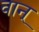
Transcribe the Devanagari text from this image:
वान्